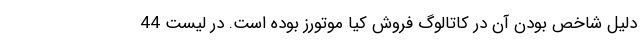
دلیل شاخص بودن آن در کاتالوگ فروش کیا موتورز بوده است. در لیست 44